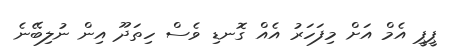
ޕީޕީ އެމް އަށް މިފަހަރު އެއް ގޮނޑި ވެސް ހިތަދޫ އިން ނުލިބޭނެ